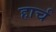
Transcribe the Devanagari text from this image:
हार्च